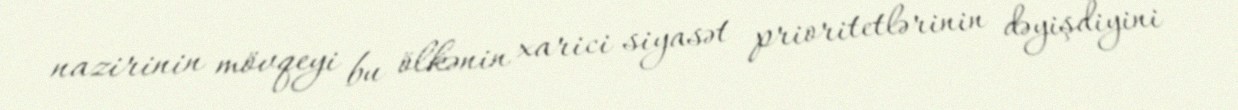
nazirinin mövqeyi bu ölkənin xarici siyasət prioritetlərinin dəyişdiyini